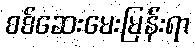
စစ်ဆေးမေးမြန်းရာ